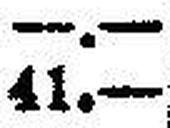
41.—